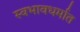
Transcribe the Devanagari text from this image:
स्वभावधर्मात